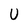
Character: U